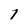
Character: 1